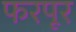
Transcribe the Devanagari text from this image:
फरपूर